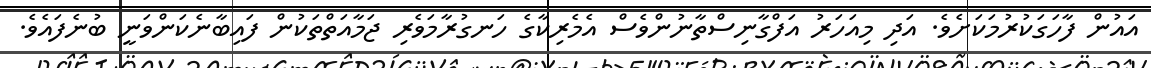
އައުން ފާހަގަކުރުމަކަށެވެ. އަދި މިއަހަރު އަފްގާނިސްތާނުންވެސް އެމެރިކާގެ ހަނގުރާމަވެރި ޖަމާއަތްތަކުން ފައިބާނެކަންވަނީ ބުނެފައެވެ.